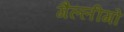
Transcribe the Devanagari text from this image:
गैल्लीगो